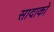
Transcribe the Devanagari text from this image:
सादाको